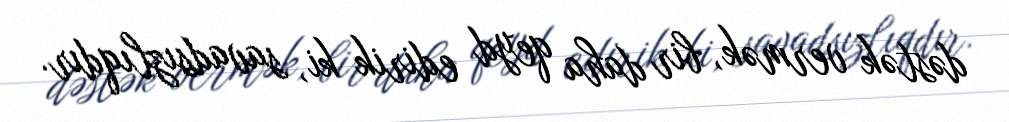
dəstək vermək, bir daha qeyd edirik ki, savadsızlıqdır.